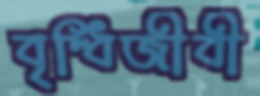
বৃদ্ধিজীবী